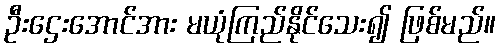
ဦးဌေးအောင်အား မယုံကြည်နိုင်သေး၍ ဖြစ်မည်။